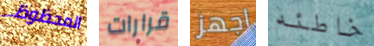
المحظوظ قرارات اجهز خاطئه